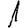
Digit: 1